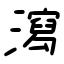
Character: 瀉